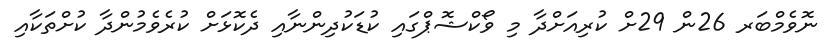
ނޮވެމްބަރ 26ން 29ށް ކުރިއަށްދާ މި ވޯކްޝޮޕްގައި ކުޑަކުދިންނާއި ދެކޮޅަށް ކުރެވެމުންދާ ކުށްތަކާއި